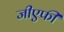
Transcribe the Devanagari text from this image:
जीएफी